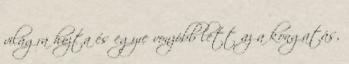
világra hozta és egyre vonzóbb lett az a kongatás,